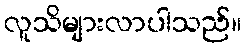
လူသိများလာပါသည်။